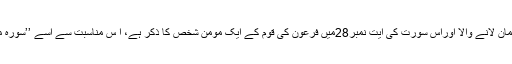
اس کا معنی ہے ایمان لانے والا اوراس سورت کی آیت نمبر28میں فرعون کی قوم کے ایک مومن شخص کا ذکر ہے، ا س مناسبت سے اسے ’’سورۂ مومن‘‘ کہتے ہیں ۔